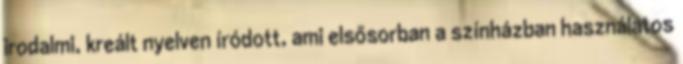
irodalmi, kreált nyelven íródott, ami elsősorban a színházban használatos